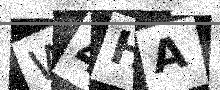
Text: W4HA